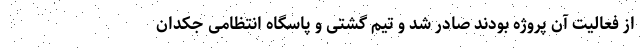
از فعالیت آن پروژه بودند صادر شد و تیم گشتی و پاسگاه انتظامی جکدان